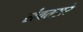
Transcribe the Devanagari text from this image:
संवतसरे